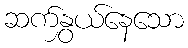
ဆက်နွှယ်နေသော